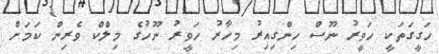
ހަގީގަތަކީ ހަވީރު ނޫސް ހިންގިއިރު މިހާރު ހަވީރު ނޫހުގެ މިލްކް ވެރިން ކަމަށް